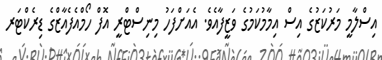
އިސްލާމީ މަރުކަޒުގެ އިސް އިމާމުކަމުގެ ވަޒީފާއެވެ. އެއަށްފަހު މިނިސްޓްރީ އޮފް ހޯމްއެފެއާޒްގެ ޑިރެކްޓަރ